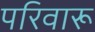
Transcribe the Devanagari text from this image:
परिवारू